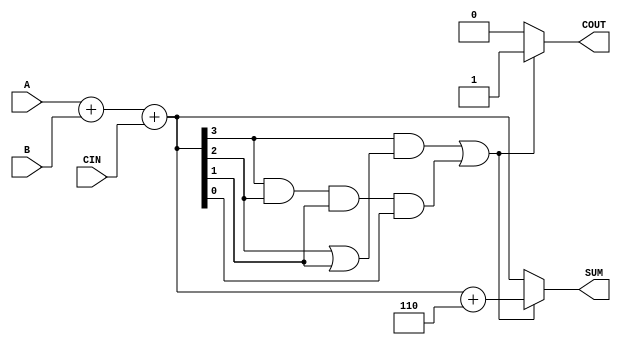
module BCD_Conditional_Adder (
    input  wire [3:0] A,      // 4-bit BCD input A
    input  wire [3:0] B,      // 4-bit BCD input B
    input  wire CIN,          // Carry input
    output reg  [3:0] SUM,    // 4-bit BCD output SUM
    output reg  COUT          // Carry output
);

    wire [4:0] S;             // 5-bit sum to accommodate carry
    wire correction_needed;    // Flag for correction

    // Step 1: Perform binary addition
    assign S = A + B + CIN;

    // Step 2: Check if correction is needed
    assign correction_needed = (S[3] & (S[2] | S[1])) | (S[3] & S[2] & S[1] & S[0]);

    // Step 3: Apply correction if needed
    always @(*) begin
        if (correction_needed) begin
            SUM = S[3:0] + 4'b0110; // Add 6 to the sum
            COUT = 1;               // Set carry out
        end else begin
            SUM = S[3:0];           // No correction needed
            COUT = 0;               // No carry out
        end
    end

endmodule